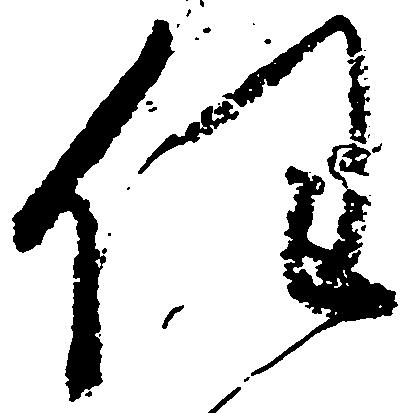
任